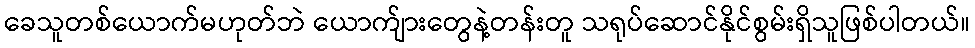
ခေသူတစ်ယောက်မဟုတ်ဘဲ ယောက်ျားတွေနဲ့တန်းတူ သရုပ်ဆောင်နိုင်စွမ်းရှိသူဖြစ်ပါတယ်။